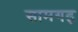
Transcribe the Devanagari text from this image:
सामगढ़